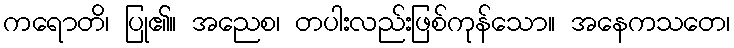
ကရောတိ၊ ပြု၏။ အညေစ၊ တပါးလည်းဖြစ်ကုန်သော။ အနေကသတေ၊